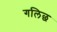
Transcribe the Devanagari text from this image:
गलिछ